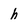
Character: h